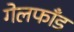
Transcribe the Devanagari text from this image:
गेलफाँड